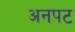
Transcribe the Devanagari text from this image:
अनपट